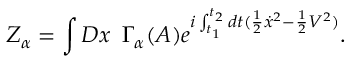
Z _ { \alpha } = \int { \cal D } x \, \, \, \Gamma _ { \alpha } ( A ) \displaystyle { e } ^ { i \int _ { t _ { 1 } } ^ { t _ { 2 } } d t ( { \frac { 1 } { 2 } } { \dot { x } } ^ { 2 } - { \frac { 1 } { 2 } } V ^ { 2 } ) } .